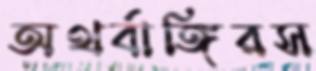
অথর্বাঙ্গিরস